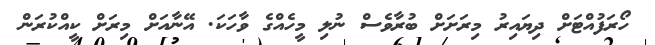
ހޯރަފުއްޓަށް ދިޔައިރު މިރަށަށް ބުރާވެސް ނުލި މީހެއްގެ ވާހަކަ. އޭނާއަށް މިރަށް ކީއްކުރަން